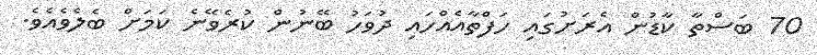
70 ބަސްތާ ކާޑުން އެރަށުގައި ހަފްތާއެއްހައި ދުވަހު ބޭނުން ކުރެވޭނެ ކަމަށް ބެލެވެއެވެ.